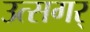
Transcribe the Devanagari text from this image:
उत्सगर्